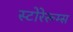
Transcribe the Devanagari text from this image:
स्टोरेरूम्स